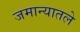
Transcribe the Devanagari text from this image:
जमान्यातले